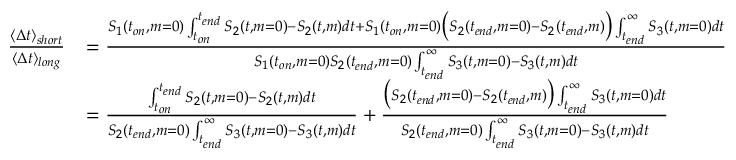
\begin{array} { r l } { \frac { \langle \Delta t \rangle _ { s h o r t } } { \langle \Delta t \rangle _ { l o n g } } } & { = \frac { S _ { 1 } ( t _ { o n } , m = 0 ) \int _ { t _ { o n } } ^ { t _ { e n d } } S _ { 2 } ( t , m = 0 ) - S _ { 2 } ( t , m ) d t + S _ { 1 } ( t _ { o n } , m = 0 ) \big ( S _ { 2 } ( t _ { e n d } , m = 0 ) - S _ { 2 } ( t _ { e n d } , m ) \big ) \int _ { t _ { e n d } } ^ { \infty } S _ { 3 } ( t , m = 0 ) d t } { S _ { 1 } ( t _ { o n } , m = 0 ) S _ { 2 } ( t _ { e n d } , m = 0 ) \int _ { t _ { e n d } } ^ { \infty } S _ { 3 } ( t , m = 0 ) - S _ { 3 } ( t , m ) d t } } \\ & { = \frac { \int _ { t _ { o n } } ^ { t _ { e n d } } S _ { 2 } ( t , m = 0 ) - S _ { 2 } ( t , m ) d t } { S _ { 2 } ( t _ { e n d } , m = 0 ) \int _ { t _ { e n d } } ^ { \infty } S _ { 3 } ( t , m = 0 ) - S _ { 3 } ( t , m ) d t } + \frac { \big ( S _ { 2 } ( t _ { e n d } , m = 0 ) - S _ { 2 } ( t _ { e n d } , m ) \big ) \int _ { t _ { e n d } } ^ { \infty } S _ { 3 } ( t , m = 0 ) d t } { S _ { 2 } ( t _ { e n d } , m = 0 ) \int _ { t _ { e n d } } ^ { \infty } S _ { 3 } ( t , m = 0 ) - S _ { 3 } ( t , m ) d t } } \end{array}